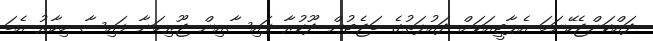
ދައްކަންޖެހޭނަމަ އެޕާޓީއަކަށް ދައުލަތުގެ ބަޖެޓުން ދޫކުރާ ފައިސާއިން ޖޫރިމަނާ ފައިސާ މިހާރު އެބަ